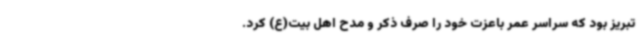
تبریز بود که سراسر عمر باعزت خود را صرف ذکر و مدح اهل بیت‌(ع) کرد.